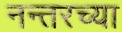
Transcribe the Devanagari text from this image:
नन्तरच्या